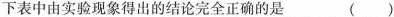
下表中由实验现象得出的结论完全正确的是（）